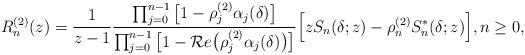
LaTeX: \begin{align*} R_n^{(2)}(z) = \frac{1}{z-1} \frac{\prod_{j=0}^{n-1} \big[1- \rho_{j}^{(2)}\alpha_{j}(\delta)\big]}{\prod_{j=0}^{n-1} \big[1-\mathcal{R}e\big(\rho_{j}^{(2)}\alpha_{j}(\delta)\big)\big]} \Big[ zS_{n}(\delta; z) - \rho_{n}^{(2)}S_{n}^{\ast}(\delta; z)\Big], n \geq 0,\end{align*}